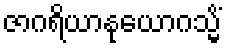
ဇာဂရိယာနုယောဂသ္မိံ